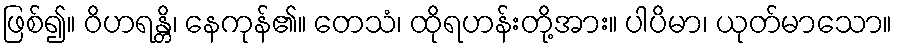
ဖြစ်၍။ ဝိဟရန္တိ၊ နေကုန်၏။ တေသံ၊ ထိုရဟန်းတို့အား။ ပါပိမာ၊ ယုတ်မာသော။